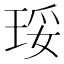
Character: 𰡾